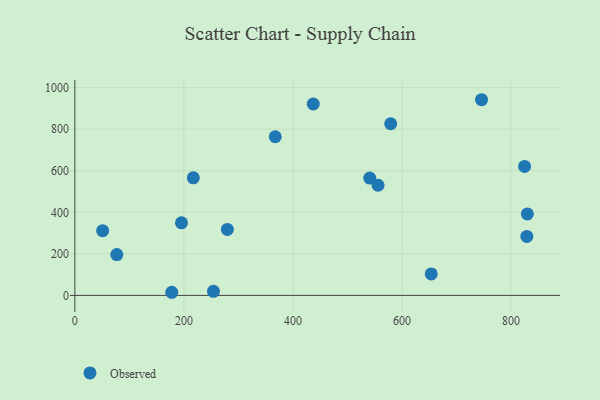
{"axis": {"x": "Study Hours", "y": "Salary"}, "legend": ["Observed"], "data": [{"x": "50.9", "y": 311.7, "type": "Observed"}, {"x": "254.2", "y": 19.7, "type": "Observed"}, {"x": "653.6", "y": 103.6, "type": "Observed"}, {"x": "177.7", "y": 15.1, "type": "Observed"}, {"x": "579.2", "y": 826.3, "type": "Observed"}, {"x": "279.7", "y": 317.5, "type": "Observed"}, {"x": "824.8", "y": 620.8, "type": "Observed"}, {"x": "829.9", "y": 392.2, "type": "Observed"}, {"x": "540.8", "y": 564.7, "type": "Observed"}, {"x": "556.0", "y": 530.3, "type": "Observed"}, {"x": "367.5", "y": 763.8, "type": "Observed"}, {"x": "437.2", "y": 921.3, "type": "Observed"}, {"x": "195.5", "y": 349.3, "type": "Observed"}, {"x": "828.9", "y": 284.0, "type": "Observed"}, {"x": "76.9", "y": 196.8, "type": "Observed"}, {"x": "745.8", "y": 941.9, "type": "Observed"}, {"x": "217.2", "y": 565.9, "type": "Observed"}]}